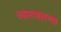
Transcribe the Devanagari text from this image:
अासपासच्या